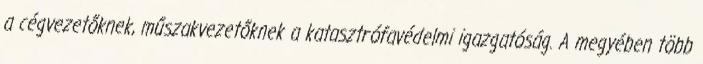
a cégvezetőknek, műszakvezetőknek a katasztrófavédelmi igazgatóság. A megyében több